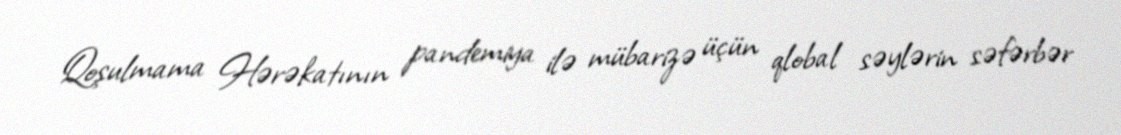
Qoşulmama Hərəkatının pandemiya ilə mübarizə üçün qlobal səylərin səfərbər